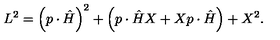
L ^ { 2 } = \left( p \cdot \hat { H } \right) ^ { 2 } + \left( p \cdot \hat { H } X + X p \cdot \hat { H } \right) + X ^ { 2 } .